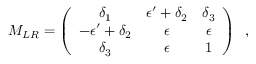
M _ { L R } = \left( \begin{array} { c c c } { { \delta _ { 1 } } } & { { \epsilon ^ { \prime } + \delta _ { 2 } } } & { { \delta _ { 3 } } } \\ { { - \epsilon ^ { \prime } + \delta _ { 2 } } } & { { \epsilon } } & { { \epsilon } } \\ { { \delta _ { 3 } } } & { { \epsilon } } & { { 1 } } \end{array} \right) \, \, \, ,